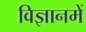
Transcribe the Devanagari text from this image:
विज्ञानमें